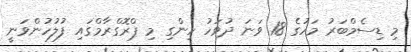
މި ޑިސެމްބަރު މަހުގެ 18 ވަނަ ދުވަހު ހިންގި މި ޕްރޮގްރާމްގައި ފުލުހުންވަނީ